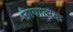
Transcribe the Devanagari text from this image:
छायात्मक